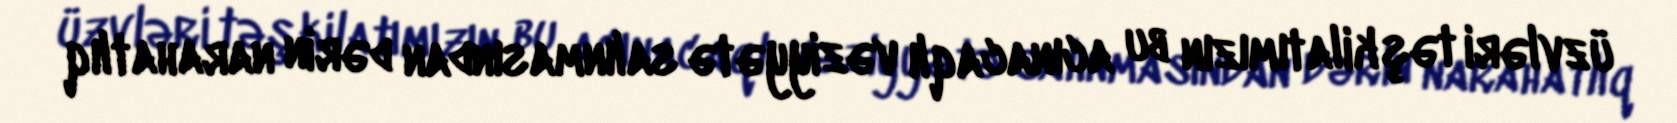
üzvləri təşkilatımızın bu acınacaqlı vəziyyətə salınmasından dərin narahatlıq